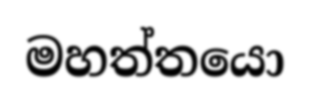
මහත්තයො